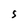
Character: S